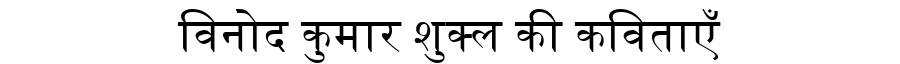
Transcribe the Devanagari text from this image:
विनोद कुमार शुक्ल की कविताएँ